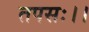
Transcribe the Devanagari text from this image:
तपसः।।